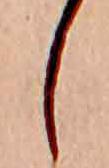
し